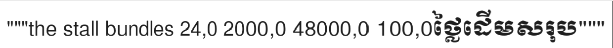
"""the stall bundles 24,0 2000,0 48000,0 100,0ថ្លៃដើមសរុប"""